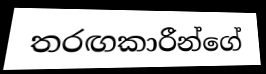
තරඟකාරීන්ගේ